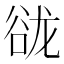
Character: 𰶑